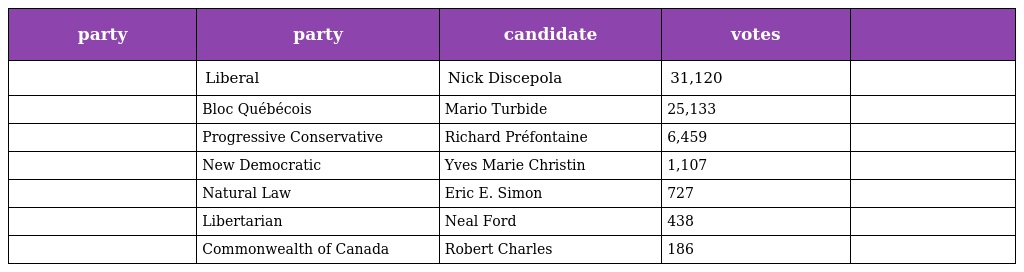
| party | party | candidate | votes |  |
 | --- | --- | --- | --- | --- |
 |  | Liberal | Nick Discepola | 31,120 |  |
 |  | Bloc Québécois | Mario Turbide | 25,133 |  |
 |  | Progressive Conservative | Richard Préfontaine | 6,459 |  |
 |  | New Democratic | Yves Marie Christin | 1,107 |  |
 |  | Natural Law | Eric E. Simon | 727 |  |
 |  | Libertarian | Neal Ford | 438 |  |
 |  | Commonwealth of Canada | Robert Charles | 186 |  |